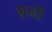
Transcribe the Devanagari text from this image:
एजो